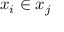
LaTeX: x _ { i } \in x _ { j }